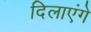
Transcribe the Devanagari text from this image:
दिलाएंगे